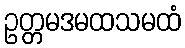
ဥတ္တမဒမထသမထံ